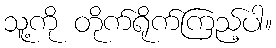
သူ့ကို တိုက်ရိုက်ကြည့်ပါ။